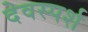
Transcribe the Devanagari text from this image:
देवस्पर्श